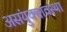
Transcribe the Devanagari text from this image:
असंयुक्तावस्था